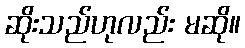
ဆိုးသည်ဟုလည်း မဆို။